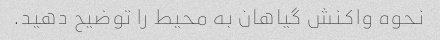
نحوه واکنش گیاهان به محیط را توضیح دهید.